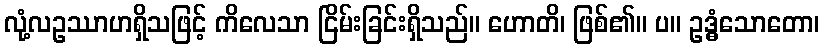
လုံ့လဥဿာဟရှိသဖြင့် ကိလေသာ ငြိမ်းခြင်းရှိသည်။ ဟောတိ၊ ဖြစ်၏။ ပ။ ဥဒ္ဓံသောတော၊